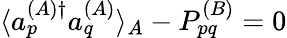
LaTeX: \begin{array}{r}{\langle a_{p}^{(A)\dagger}a_{q}^{(A)}\rangle_{A}-P_{pq}^{(B)}=0}\end{array}